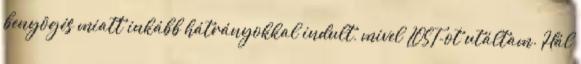
benyögés miatt inkább hátrányokkal indult, mivel LOST-ot utáltam. Hál